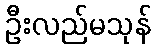
ဦးလည်မသုန်